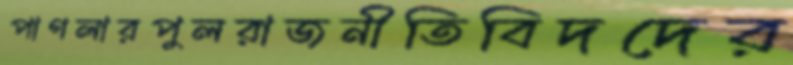
পাগলারপুলরাজনীতিবিদদের